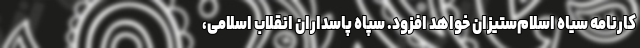
کارنامه سیاه اسلام‌ستیزان خواهد افزود. سپاه پاسداران انقلاب اسلامی،